Indian journal of veterinary science and animal husbandry - Volumes 18-21, 1948-1951
Year: 1948
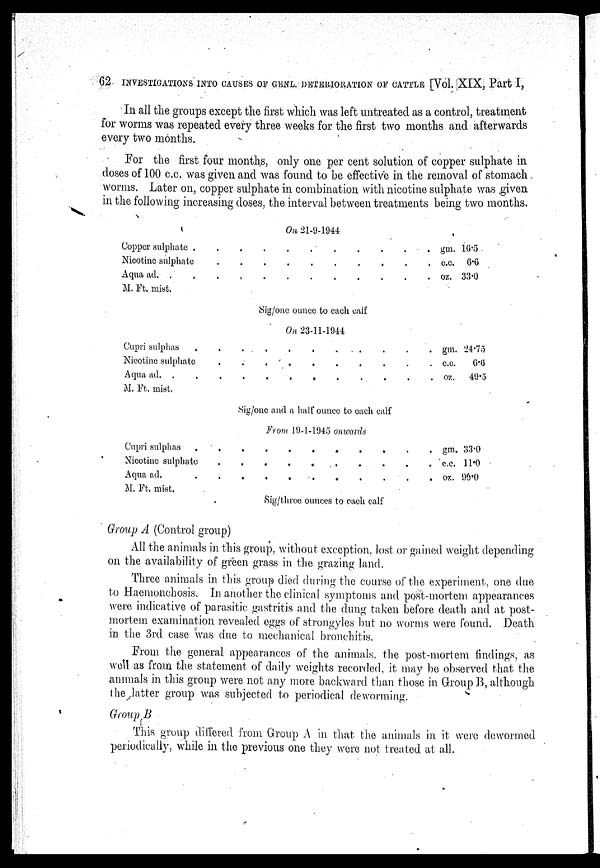
62 INVESTIGATIONS INTO CAUSES OF GENL. DETERIORATION OF CATTLE [Vol. XIX, Part I,
In all the groups except the first which was left untreated as a control, treatment
for worms was repeated every three weeks for the first two months and afterwards
every two months.
For the first four months, only one per cent solution of copper sulphate in
doses of 100 c.c. was given and was found to be effective in the removal of stomach
worms. Later on, copper sulphate in combination with nicotine sulphate was given
in the following increasing doses, the interval between treatments being two months.
On 21-9-1944
Copper sulphate
Nicotine sulphate
Aqua ad.
M. Ft. mist.
Cupri sulphas
Nicotine sulphate
Aqua ad.
M. Ft. mist.
Cupri sulphas
Nicotine sulphate
Aqua ad.
M. Ft, mist.
.
.
.
.
.
.
. . . . . . . . . . .
.
.
.
.
.
.
Sig/one ounce to each caif
On 23-11-1944
. . . . . . . . . . .
. . . . . . . . . . .
. . . . . . . . . . .
Sig/one and a half ounce to each calf
From 19-1-1945 onwards
. . . . . . . . . . .
. . . . . . . . . . .
. . . . . . . . . . .
Sig/three ounces to each calf
gm.
c.c.
oz.
gm.
c.c.
oz.
gm.
c.c.
07.
10.5
6.6
33.0
24.75
6.6
49.5
33.0
11.0
99.0
Group A (Control group)
All the animals in this group, without exception, lost or gained weight depending
on the availability of green grass in the grazing land.
Three animals in this group died during the course of the experiment, one due
to Haemonchosis. In another the clinical symptoms and post-mortem appearances
were indicative of parasitic gastritis and the dung taken before death and at post-
mortem examination revealed eggs of strongyles but no worms were found. Death
in the 3rd case was due to mechanical bronchitis.
From the general appearances of the animals. the post-mortem findings, as
well as from the statement of daily weights recorded, it may be observed that the
animals in this group were not any more backward than those in Group B, although
the latter group was subjected to periodical deworming.
Group B
This group differed from Group A in that the animals in it were dewormed
periodically, while in the previous one they were not treated at all.